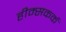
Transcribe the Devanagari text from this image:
हीम्सकर्क